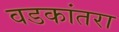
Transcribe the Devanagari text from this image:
वडकांतरा